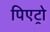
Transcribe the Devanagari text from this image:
पिएट्रो